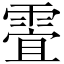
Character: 𲊀